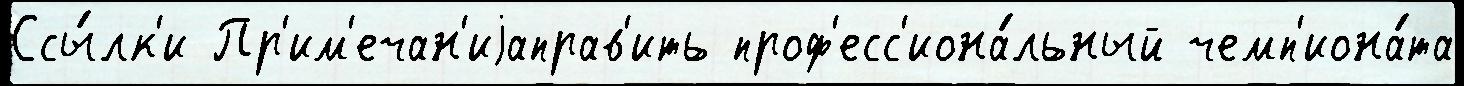
Ссы́лк'и Пр'им'ечан'иjаправ'ить проф'есс'иона́льный чемп'иона́та